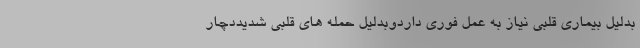
بدلیل بیماری قلبی نیاز به عمل فوری داردوبدلیل حمله های قلبی شدیددچار